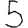
Digit: 5